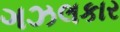
ગઝલકાર